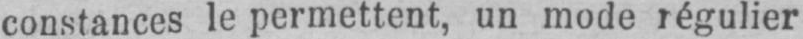
constances le permettent, un mode régulier